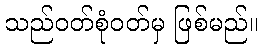
သည်ဝတ်စုံဝတ်မှ ဖြစ်မည်။